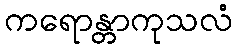
ကရောန္တာကုသလံ